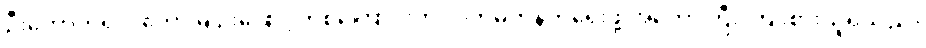
ဦးကောက်ရကတော့ မျဉ်းဖြောင့်တစ်ကြောင်းကို လက်မတုန်ဘဲရေးဖို့ အတော်ကြီး ကြိုးစားယူရသည်။